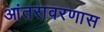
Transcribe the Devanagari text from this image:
आंतरावरणास